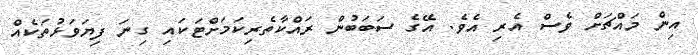
އިން މައްޗަށް ވެސް އެރި އެވެ. އޭގެ ސަބަބުން ރައްކާތެރިކަމަށްޓަކައި ގިނަ ފިޔަވަޅުތަކެއް